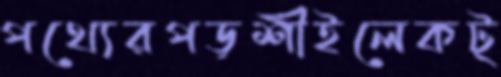
পথ্যেরপড়শীইলেকট্